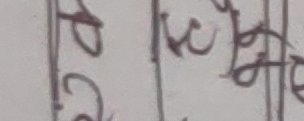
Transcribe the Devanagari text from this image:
ठुलुङ्गे